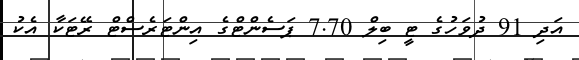
އަދި 91 ދުވަހުގެ ޓީ ބިލް 7.70 ޕަސެންޓްގެ އިންޓަރެސްޓް ރޭޓަކާ އެކު